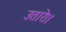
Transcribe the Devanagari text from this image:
उतारे।।